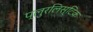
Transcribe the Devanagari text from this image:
प्लुरलिस्टिक